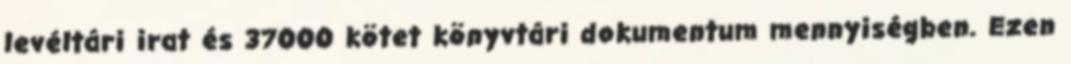
levéltári irat és 37000 kötet könyvtári dokumentum mennyiségben. Ezen